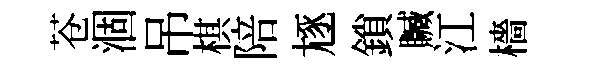
苍涸吊棋陪豗鎖贓江檣